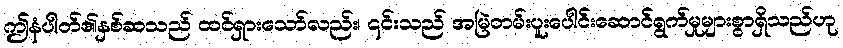
ဤနံပါတ်၏နှစ်ဆသည် ထင်ရှားသော်လည်း၊ ၎င်းသည် အမြဲတမ်းပူးပေါင်းဆောင်ရွက်မှုများစွာရှိသည်ဟု